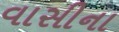
વાસીના